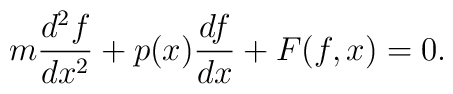
m\frac{d^{2}f}{dx^{2}}+p(x)\frac{df}{dx}+F(f,x)=0.